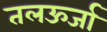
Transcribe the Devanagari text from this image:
तलऊर्जा